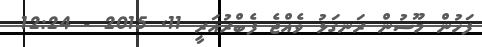
ފަހުން މޫސުން ރަނގަޅު ވެއްޖެ ފެބްރުއަރީ 11